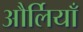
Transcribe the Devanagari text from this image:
और्लियाँ